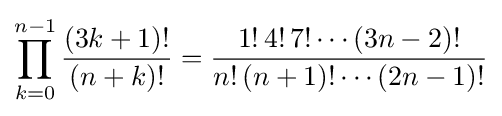
\prod _{k=0}^{n-1}{\frac {(3k+1)!}{(n+k)!}}={\frac {1!\,4!\,7!\cdots (3n-2)!}{n!\,(n+1)!\cdots (2n-1)!}}